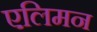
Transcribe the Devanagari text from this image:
एलिमन